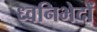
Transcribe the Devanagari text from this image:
ध्वनिभेदों